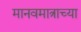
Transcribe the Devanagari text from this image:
मानवमात्राच्या